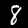
Digit: 8